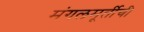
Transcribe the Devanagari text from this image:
मंगलमूर्तीची